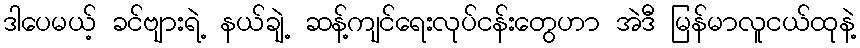
ဒါပေမယ့် ခင်ဗျားရဲ့ နယ်ချဲ့ ဆန့်ကျင်ရေးလုပ်ငန်းတွေဟာ အဲဒီ မြန်မာလူငယ်ထုနဲ့